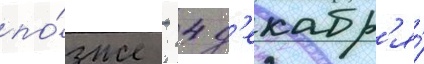
по́зже - 4 д'екабр'я́